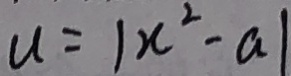
u = 1 x ^ { 2 } - a 1